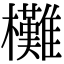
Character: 㰙